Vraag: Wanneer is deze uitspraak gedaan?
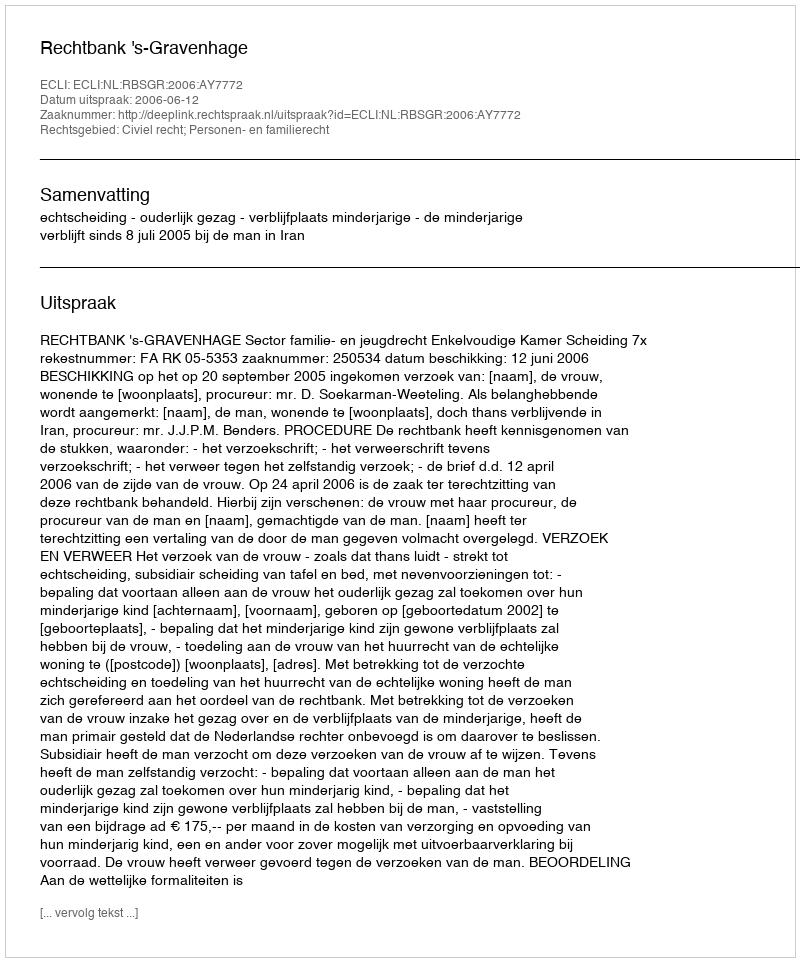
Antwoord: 2006-06-12